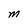
Character: M